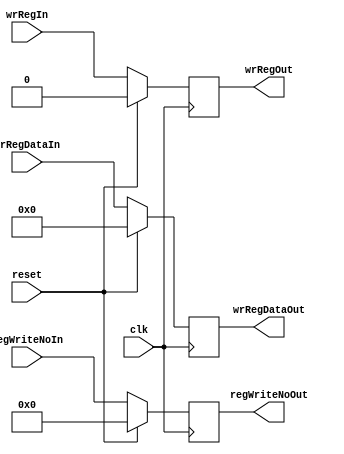
module MEMLatch (clk, reset,
				wrRegDataIn, regWriteNoIn,
				wrRegIn,
				wrRegDataOut, regWriteNoOut,
				wrRegOut);
				
				
	parameter DATA_BIT_WIDTH = 32;
	parameter RESET_VALUE = 0;
	parameter Mux4bit = 2;
	
	input clk, reset;
	input[DATA_BIT_WIDTH - 1: 0] wrRegDataIn;
	input [3:0] regWriteNoIn;	
    input wrRegIn;
	
	output reg [DATA_BIT_WIDTH - 1: 0] wrRegDataOut;
	output reg [3:0] regWriteNoOut;	
    output reg wrRegOut;

	always @ (posedge clk) begin
	
		if(reset) begin
			wrRegDataOut <= RESET_VALUE;
			regWriteNoOut <= RESET_VALUE;						
			wrRegOut <= RESET_VALUE;
		end
		else begin
			wrRegDataOut <= wrRegDataIn;
			regWriteNoOut <= regWriteNoIn;						
			wrRegOut <= wrRegIn;
		end
	end

endmodule